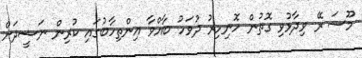
މޫސަ ރޭ ވިދާޅުވި ގޮތުން ހޮނިހިރު ދުވަހު ބާއްވާ އިންތިހާބުގައި ކުރިން ނަޝީދަށް